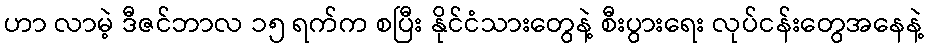
ဟာ လာမဲ့ ဒီဇင်ဘာလ ၁၅ ရက်က စပြီး နိုင်ငံသားတွေနဲ့ စီးပွားရေး လုပ်ငန်းတွေအနေနဲ့